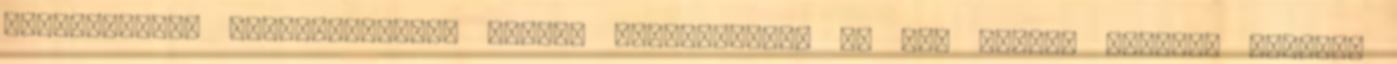
legtávolabbi megközelíthető pontig eljutottak", és ott várnak azokra, akiknek